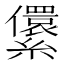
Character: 𰫶